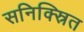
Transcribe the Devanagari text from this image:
सनिक्स्रित